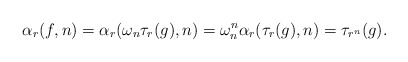
\begin{align*}\alpha_r(f,n) = \alpha_r(\omega_n \tau_r(g),n) = \omega_n^n \alpha_r(\tau_r(g),n) = \tau_{r^n}(g).\end{align*}